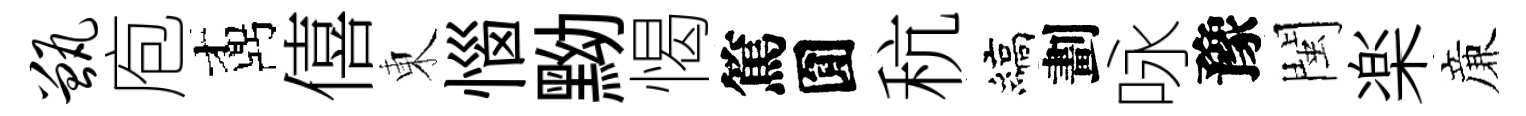
甑庖鼒僖東惱黝愒篤圎秔縞劃咏豫閩楽亷